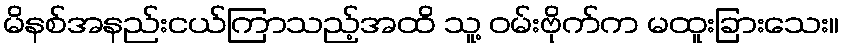
မိနစ်အနည်းငယ်ကြာသည့်အထိ သူ့ ဝမ်းဗိုက်က မထူးခြားသေး။